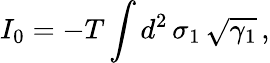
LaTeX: I_{0}=-T\int d^{2}\, \sigma_{1}\, \sqrt{\gamma_{1}}\, ,